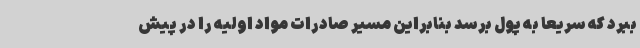
ببرد که سریعاً به پول برسد بنابراین مسیر صادرات مواد اولیه را در پیش